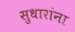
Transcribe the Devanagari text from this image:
सुधारांना